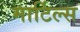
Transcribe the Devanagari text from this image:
मार्टिल्स